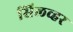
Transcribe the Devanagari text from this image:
सिलव्हर